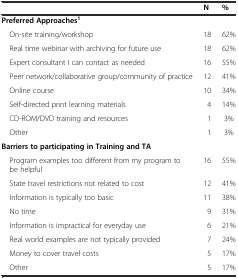
|  | N | % |
 | --- | --- | --- |
 | Preferred Approaches1 |  |  |
 | On-site training/workshop | 18 | 62% |
 | Real time webinar with archiving for future use | 18 | 62% |
 | Expert consultant I can contact as needed | 16 | 55% |
 | Peer network/collaborative group/community of practice | 12 | 41% |
 | Online course | 10 | 34% |
 | Self-directed print learning materials | 4 | 14% |
 | CD-ROM/DVD training and resources | 1 | 3% |
 | Other | 1 | 3% |
 | Barriers to participating in Training and TA |  |  |
 | Program examples too different from my program to be helpful | 16 | 55% |
 | State travel restrictions not related to cost | 12 | 41% |
 | Information is typically too basic | 11 | 38% |
 | No time | 9 | 31% |
 | Information is impractical for everyday use | 6 | 21% |
 | Real world examples are not typically provided | 7 | 24% |
 | Money to cover travel costs | 5 | 17% |
 | Other | 5 | 17% |